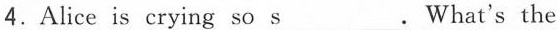
4.Alice is crying so\underline{s}. What's the